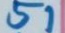
51